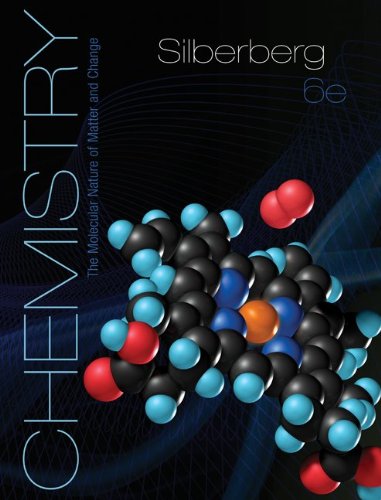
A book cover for Chemistry: The Molecular Nature of Matter and Change; Martin Silberberg; Science & Math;